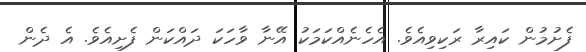
ފެށުމުން ކައިރާ ރަކިވިއެވެ. އެހެނެއްކަމަކު އޭނާ ވާހަކަ ދައްކަން ފެށިއެވެ. އެ ދެން